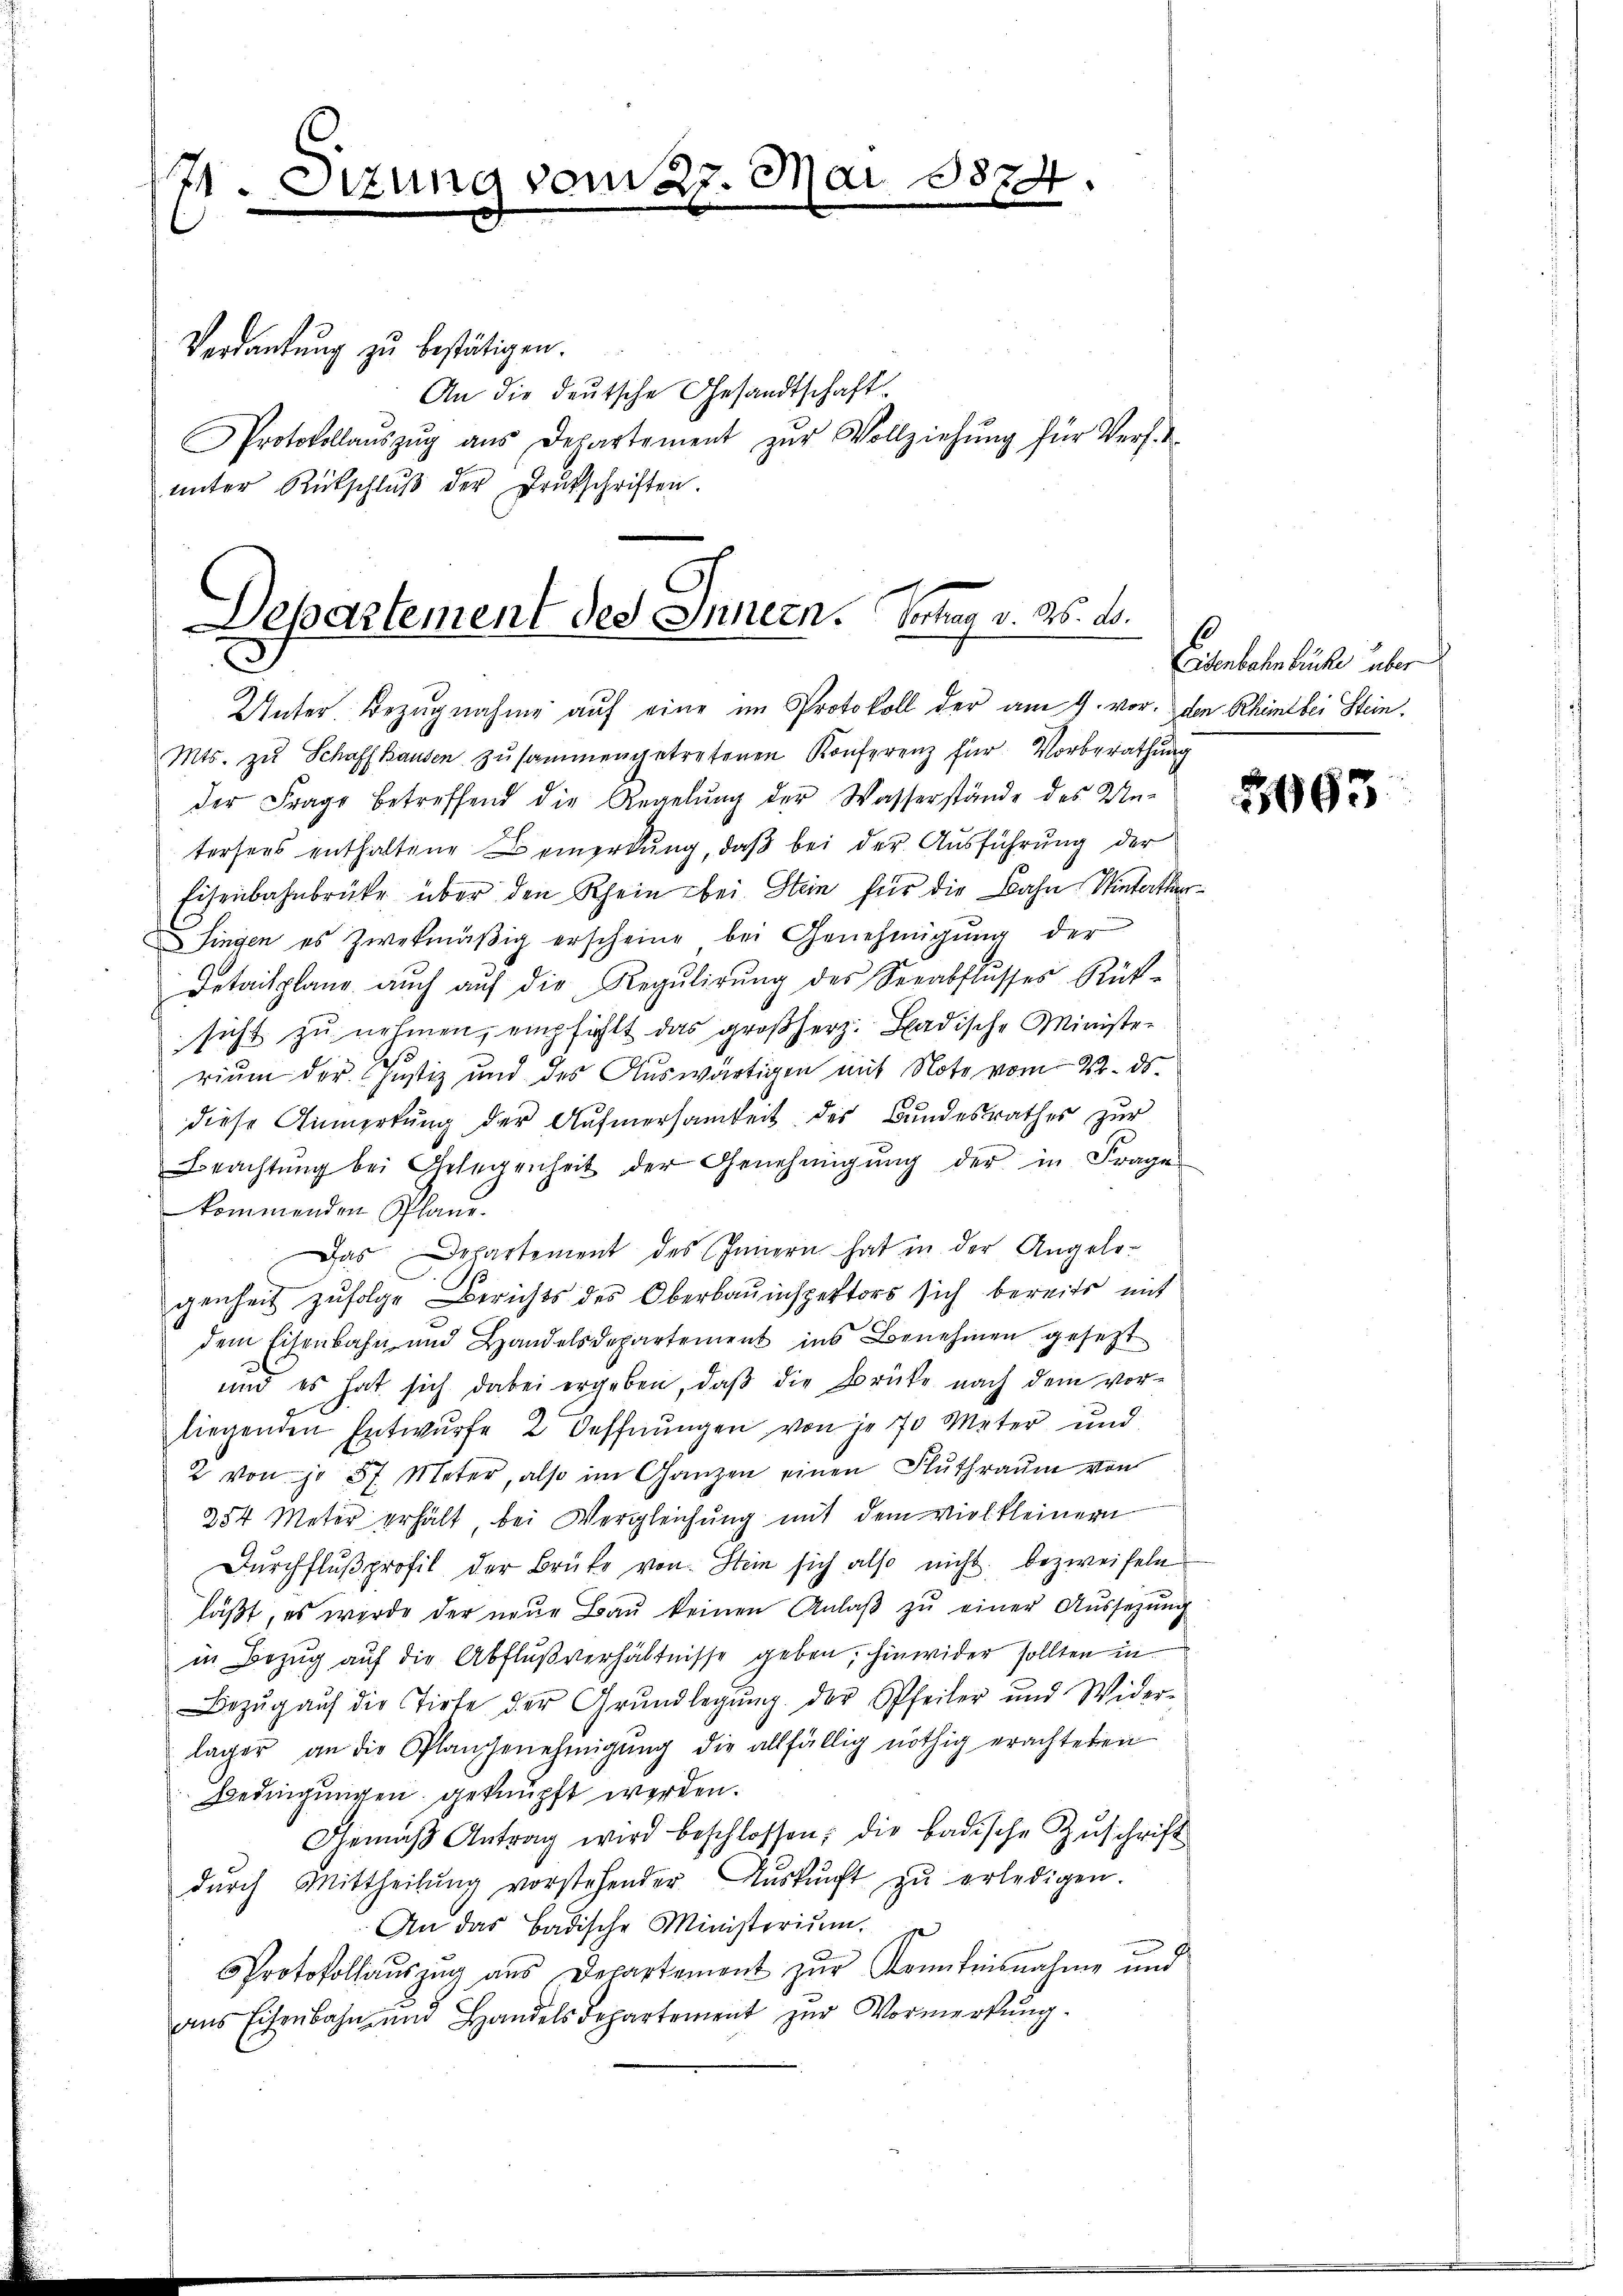
171. Sitzung vom 27. Mai
e

Verdankung zu bestätigen.
An die deutsche Gesandtschaft
Protokollaŭszŭg aŭs Departement zŭr Vollziehŭng für Verf.
ŭnter Rückschlŭβ der Drukschriften.

874

Departement des Innern. Vertrag v. 26. d.

Unter Bezŭgnahme aŭf eine im Protokoll der am 9. vor. den Rheint bei Stein,
Mts. zŭ Schaffhausen zŭsammengetretenen Konferenz für Vorberathŭng
der Frage betreffend die Regelŭng der Wasserstände des Un-
tersers enthaltene Bemerkung, daβ bei der Ausführung der
Eisenbahnbrüke über den Rhein bei Stein für die Bahn Winterthe
Singen es zwekmäßig erscheine bei Genehmigung der
Detailplane auch aŭf die Regulirung des Seeabflusses Rück-
sicht zŭ nehmen, empfiehlt das großherz: Badische Minister
rium der Justiz und des Auswärtigen mit Note vom 22. ds.
diese Anmerkung der Aufmersamkeit des Bundesrathes zur
Beachtŭng bei Gelegenheit der Genehmigŭng der in Frage
kommenden Plane.
Das Departement des Innern hat in der Angelo-
genheit zufolge Berichts des Oberbauinspektors sich bereits mit
dem Eisenbahn und Handelsdepartement ins Benehmen gesetzt
und es hat sich dabei ergeben, daß die Brücke nach dem vor-
liegenden Entwurfe 2 Oeffnungen von je 70 Meter und
2 von je 5f Meter, also im Ganzen einen Flŭthraŭm von
254 Meter erhält bei Vergleichung mit dem viel kleiner
Dŭrchflŭβprofil der Brüke von Stein sich also nicht bezweifeln
läßt, es wurde der neue Bau keinen Anlaß zu einer Aussagung
in Bezug auf die Abflußverhältnisse geben, hinwider sollten in
Bezŭg aŭf die Tirte der Grŭndlegŭng der Pfeiler und Wider-
lager an die Plangenehmigŭng die allfällig nöthig erachteten
Bedingungen geknüpft werden.
Gemäβ Antrag wird beschlossen; die badische Zŭschrift
dŭrch Mittheilŭng vorstehender Aŭskŭnft zŭ erledigen.
An das Badische Ministerium.
u
Protokollauszug aus Decartement zur Kenntnisnahme und
ans Eisenbahn ŭm Handelsdepartement zŭr Vormerkŭng.

Eisenbahnbrüche über

5193